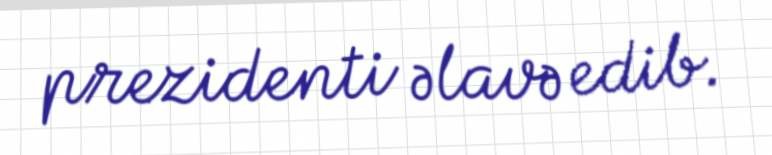
prezidenti əlavə edib.